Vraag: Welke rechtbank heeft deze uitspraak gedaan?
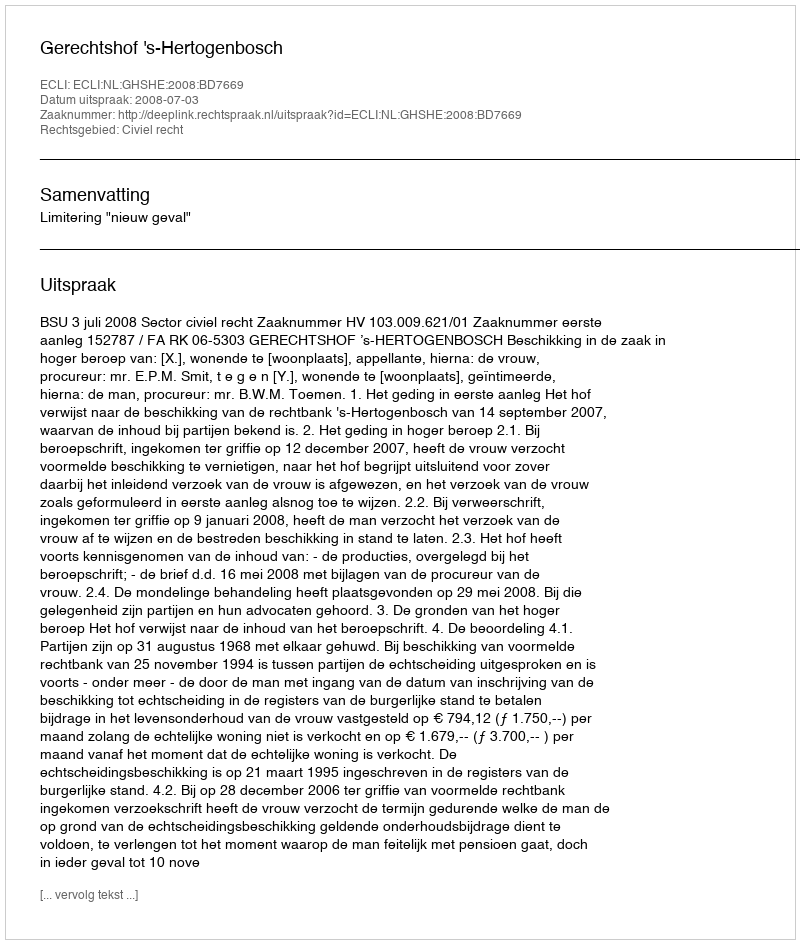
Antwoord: Gerechtshof 's-Hertogenbosch